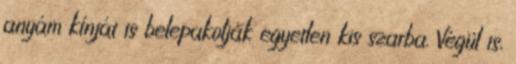
anyám kínját is belepakolják egyetlen kis szarba. Végül is,